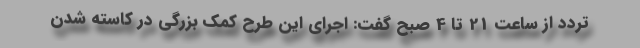
تردد از ساعت 21 تا 4 صبح گفت: اجرای این طرح کمک بزرگی در کاسته شدن